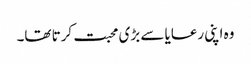
وہ اپنی رعایا سے بڑی محبت کرتا تھا۔